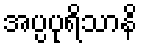
အပ္ပပုရိသာနိ